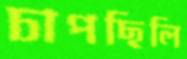
চাপছিলি